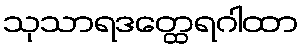
သုသာရဒတ္ထေရဂါထာ